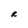
Character: R